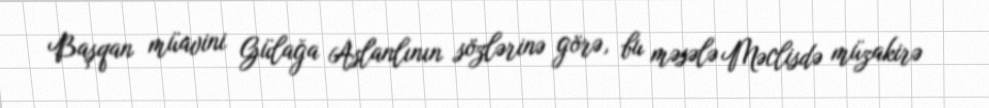
Başqan müavini Gülağa Aslanlının sözlərinə görə, bu məsələ Məclisdə müzakirə